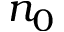
n _ { 0 }